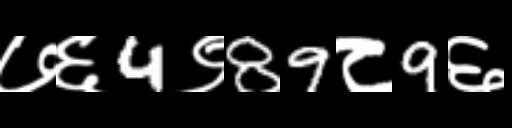
Text: ७६4९89८9६